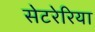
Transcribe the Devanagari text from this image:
सेटरेरिया